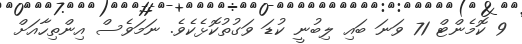
9 ކޮމެންޓް 71 ވަނަ ބައި ލިބުނީ ކުޑަ ވަގުތުކޮޅެކެވެ. ނަމަވެސް އިންތިހާއަށް